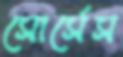
সোর্সেস